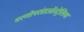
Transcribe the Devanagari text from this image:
मरणोपरांतऑस्ट्रेलिया